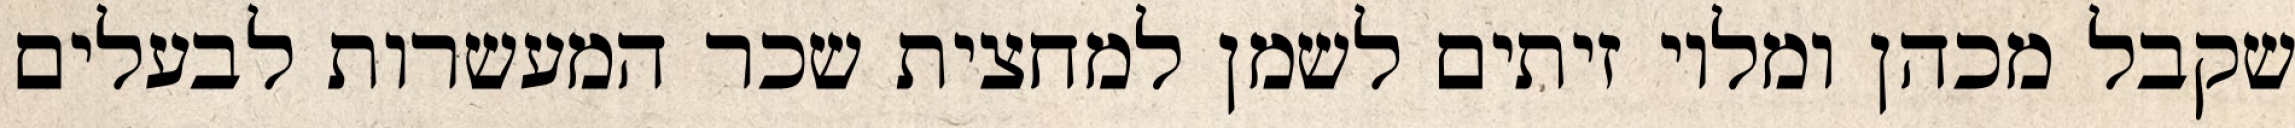
שקבל מכהן ומלוי זיתים לשמן למחצית שכר המעשרות לבעלים